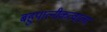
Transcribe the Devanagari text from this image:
बहुपात्नीकत्वाला